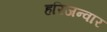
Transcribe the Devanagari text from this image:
हरिजन्वार